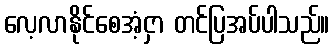
လေ့လာနိုင်စေအံ့ငှာ တင်ပြအပ်ပါသည်။